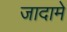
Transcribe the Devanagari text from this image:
जादामे